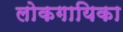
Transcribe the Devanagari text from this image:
लोकगायिका